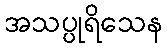
အသပ္ပုရိသေန